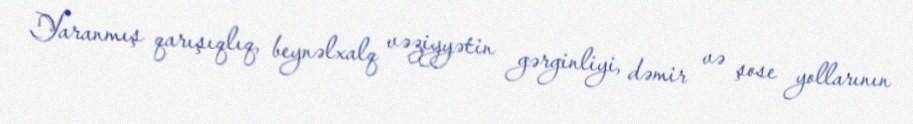
Yaranmış qarışıqlıq, beynəlxalq vəziyyətin gərginliyi, dəmir və şose yollarının